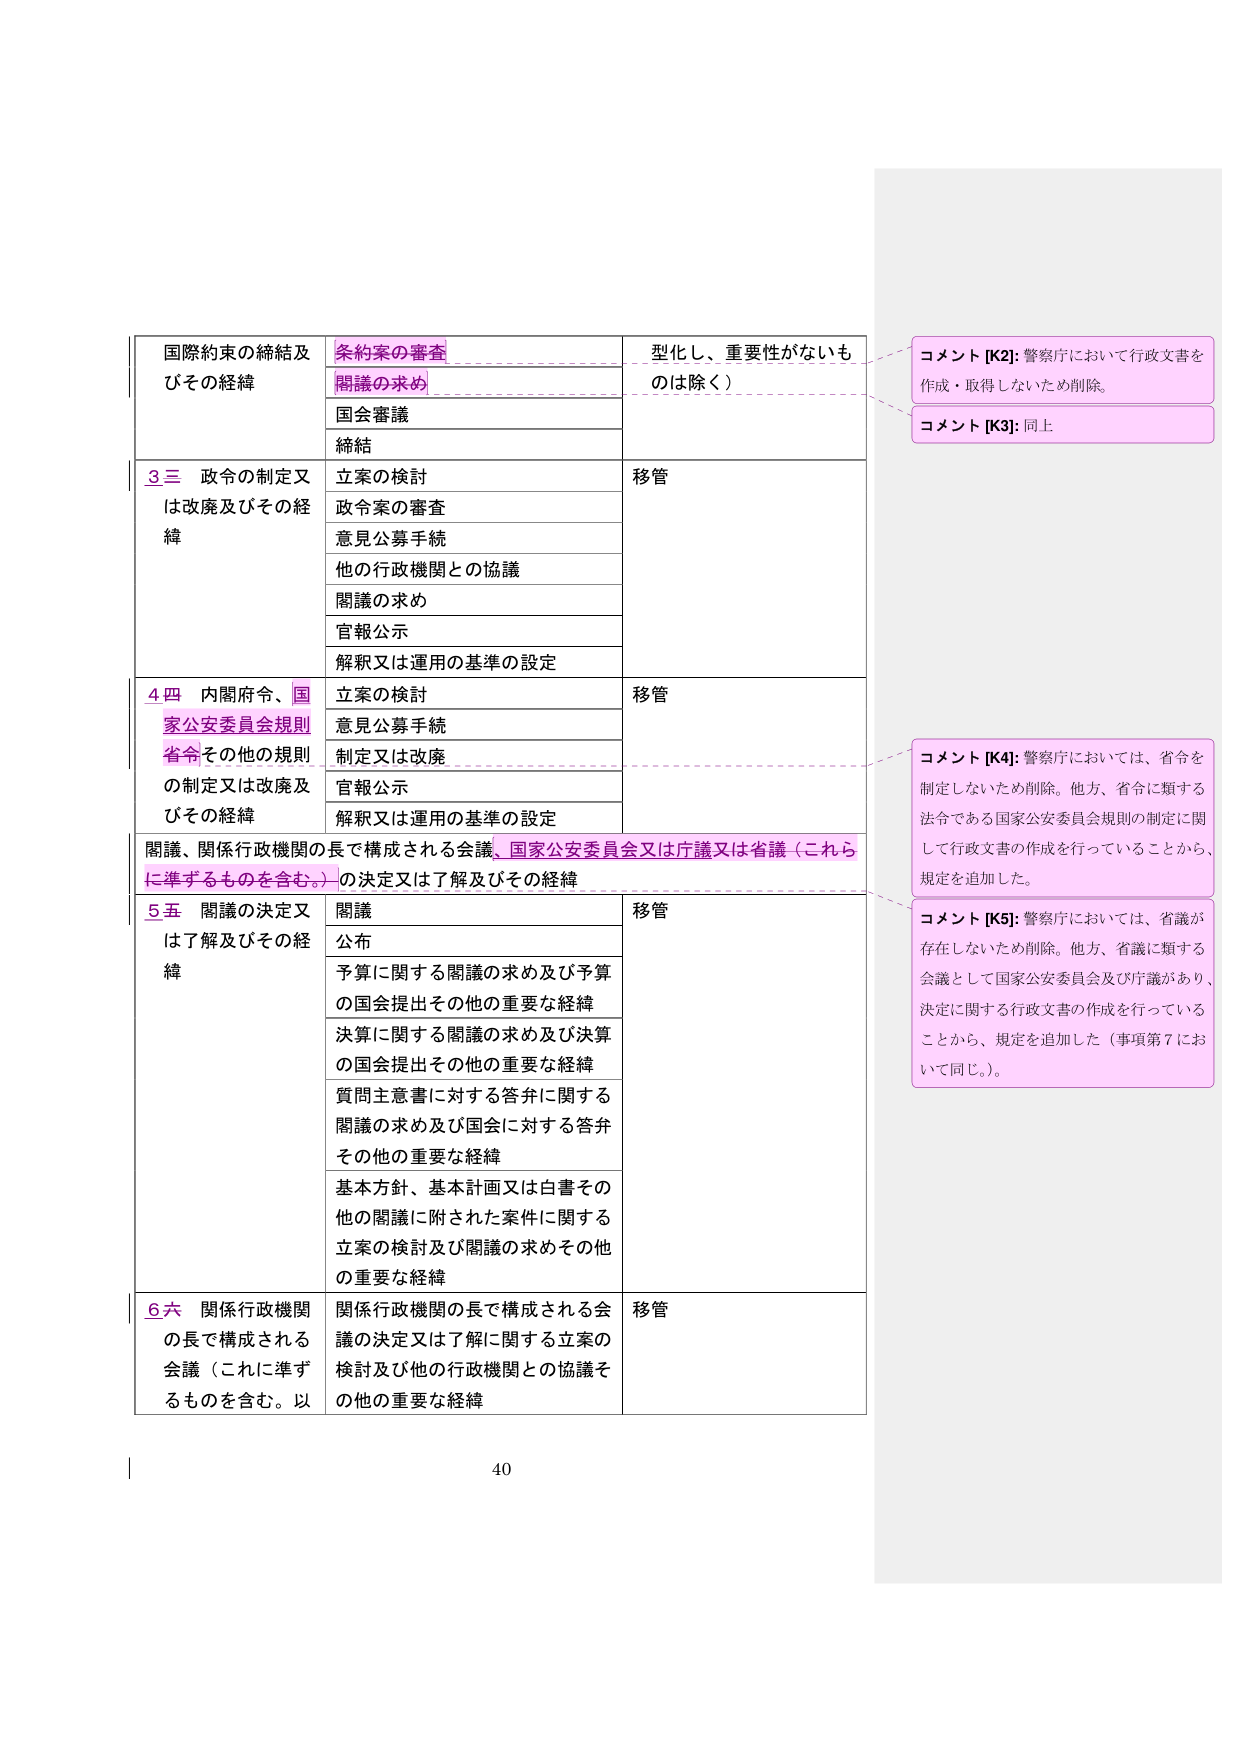
国際約束の締結及びその経緯
条約案の審査
関議の求め
国会審議
締結
型化し、重要性がないものは除く）

3.三 政令の制定又は改廃及びその経緯
立案の検討
政令案の審査
意見公募手続
他の行政機関との協議
関議の求め
官報公示
解釈又は運用の基準の設定
移管

4.四 内閣府令、国家公安委員会規則、省令その他の規則の制定又は改廃及びその経緯
立案の検討
意見公募手続
制定又は改廃
官報公示
解釈又は運用の基準の設定
移管

関議、関係行政機関の長で構成される会議、国家公安委員会又は庁議又は省議（これらに準ずるものを含む。）の決定又は了解及びその経緯

5.五 関議の決定又は了解及びその経緯
関議
公布
予算に関する関議の求め及び予算の国会提出その他の重要な経緯
決算に関する関議の求め及び決算の国会提出その他の重要な経緯
質問主意書に対する答弁に関する関議の求め及び国会に対する答弁その他の重要な経緯
基本方針、基本計画又は白書その他の関議に附された案件に関する立案の検討及び関議の求めその他の重要な経緯
移管

6.六 関係行政機関の長で構成される会議（これに準ずるものを含む。以
関係行政機関の長で構成される会議の決定又は了解に関する立案の検討及び他の行政機関との協議その他の重要な経緯
移管

コメント [K2]: 警察庁において行政文書を作成・取得しないため削除。
コメント [K3]: 同上
コメント [K4]: 警察庁においては、省令を制定しないため削除。他方、省令に類する法令である国家公安委員会規則の制定に関して行政文書の作成を行っていることから、規定を追加した。
コメント [K5]: 警察庁においては、省議が存在しないため削除。他方、省議に類する会議として国家公安委員会及び庁議があり、決定に関する行政文書の作成を行っていることから、規定を追加した（事項第7において同じ。）。

40